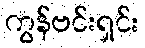
ကွန်ဗင်းရှင်း